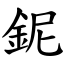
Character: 鈮